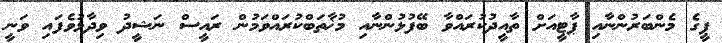
ޕީގެ މެންބަރުންނާއި ޕާޓީއަށް ތާއީދުކުރައްވާ ބޭފުޅުންނާއި މުޚާތަބްކުރައްވަމުން ރައީސް ނަޝީދު ވިދާޅުވެފައި ވަނީ